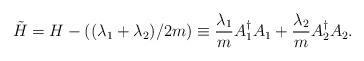
LaTeX: \begin{align*} \tilde{H} = H - ((\lambda_1 + \lambda_2)/ 2m) \equiv \frac{\lambda_1}{m} A_1^\dagger A_1 + \frac{\lambda_2}{m} A_2^\dagger A_2.\end{align*}